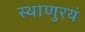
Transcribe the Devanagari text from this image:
स्थाणुरयं